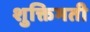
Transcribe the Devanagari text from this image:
शुक्तिमती